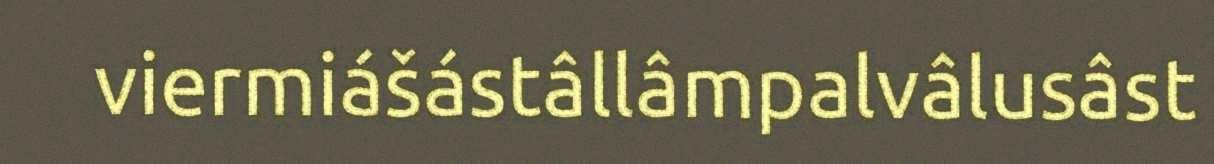
viermiášástâllâmpalvâlusâst